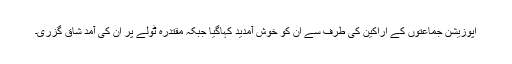
اپوزیشن جماعتوں کے اراکین کی طرف سے ان کو خوش آمدید کہاگیا جبکہ مقتدرہ ٹولے پر ان کی آمد شاق گزری۔